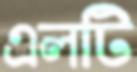
এলটি